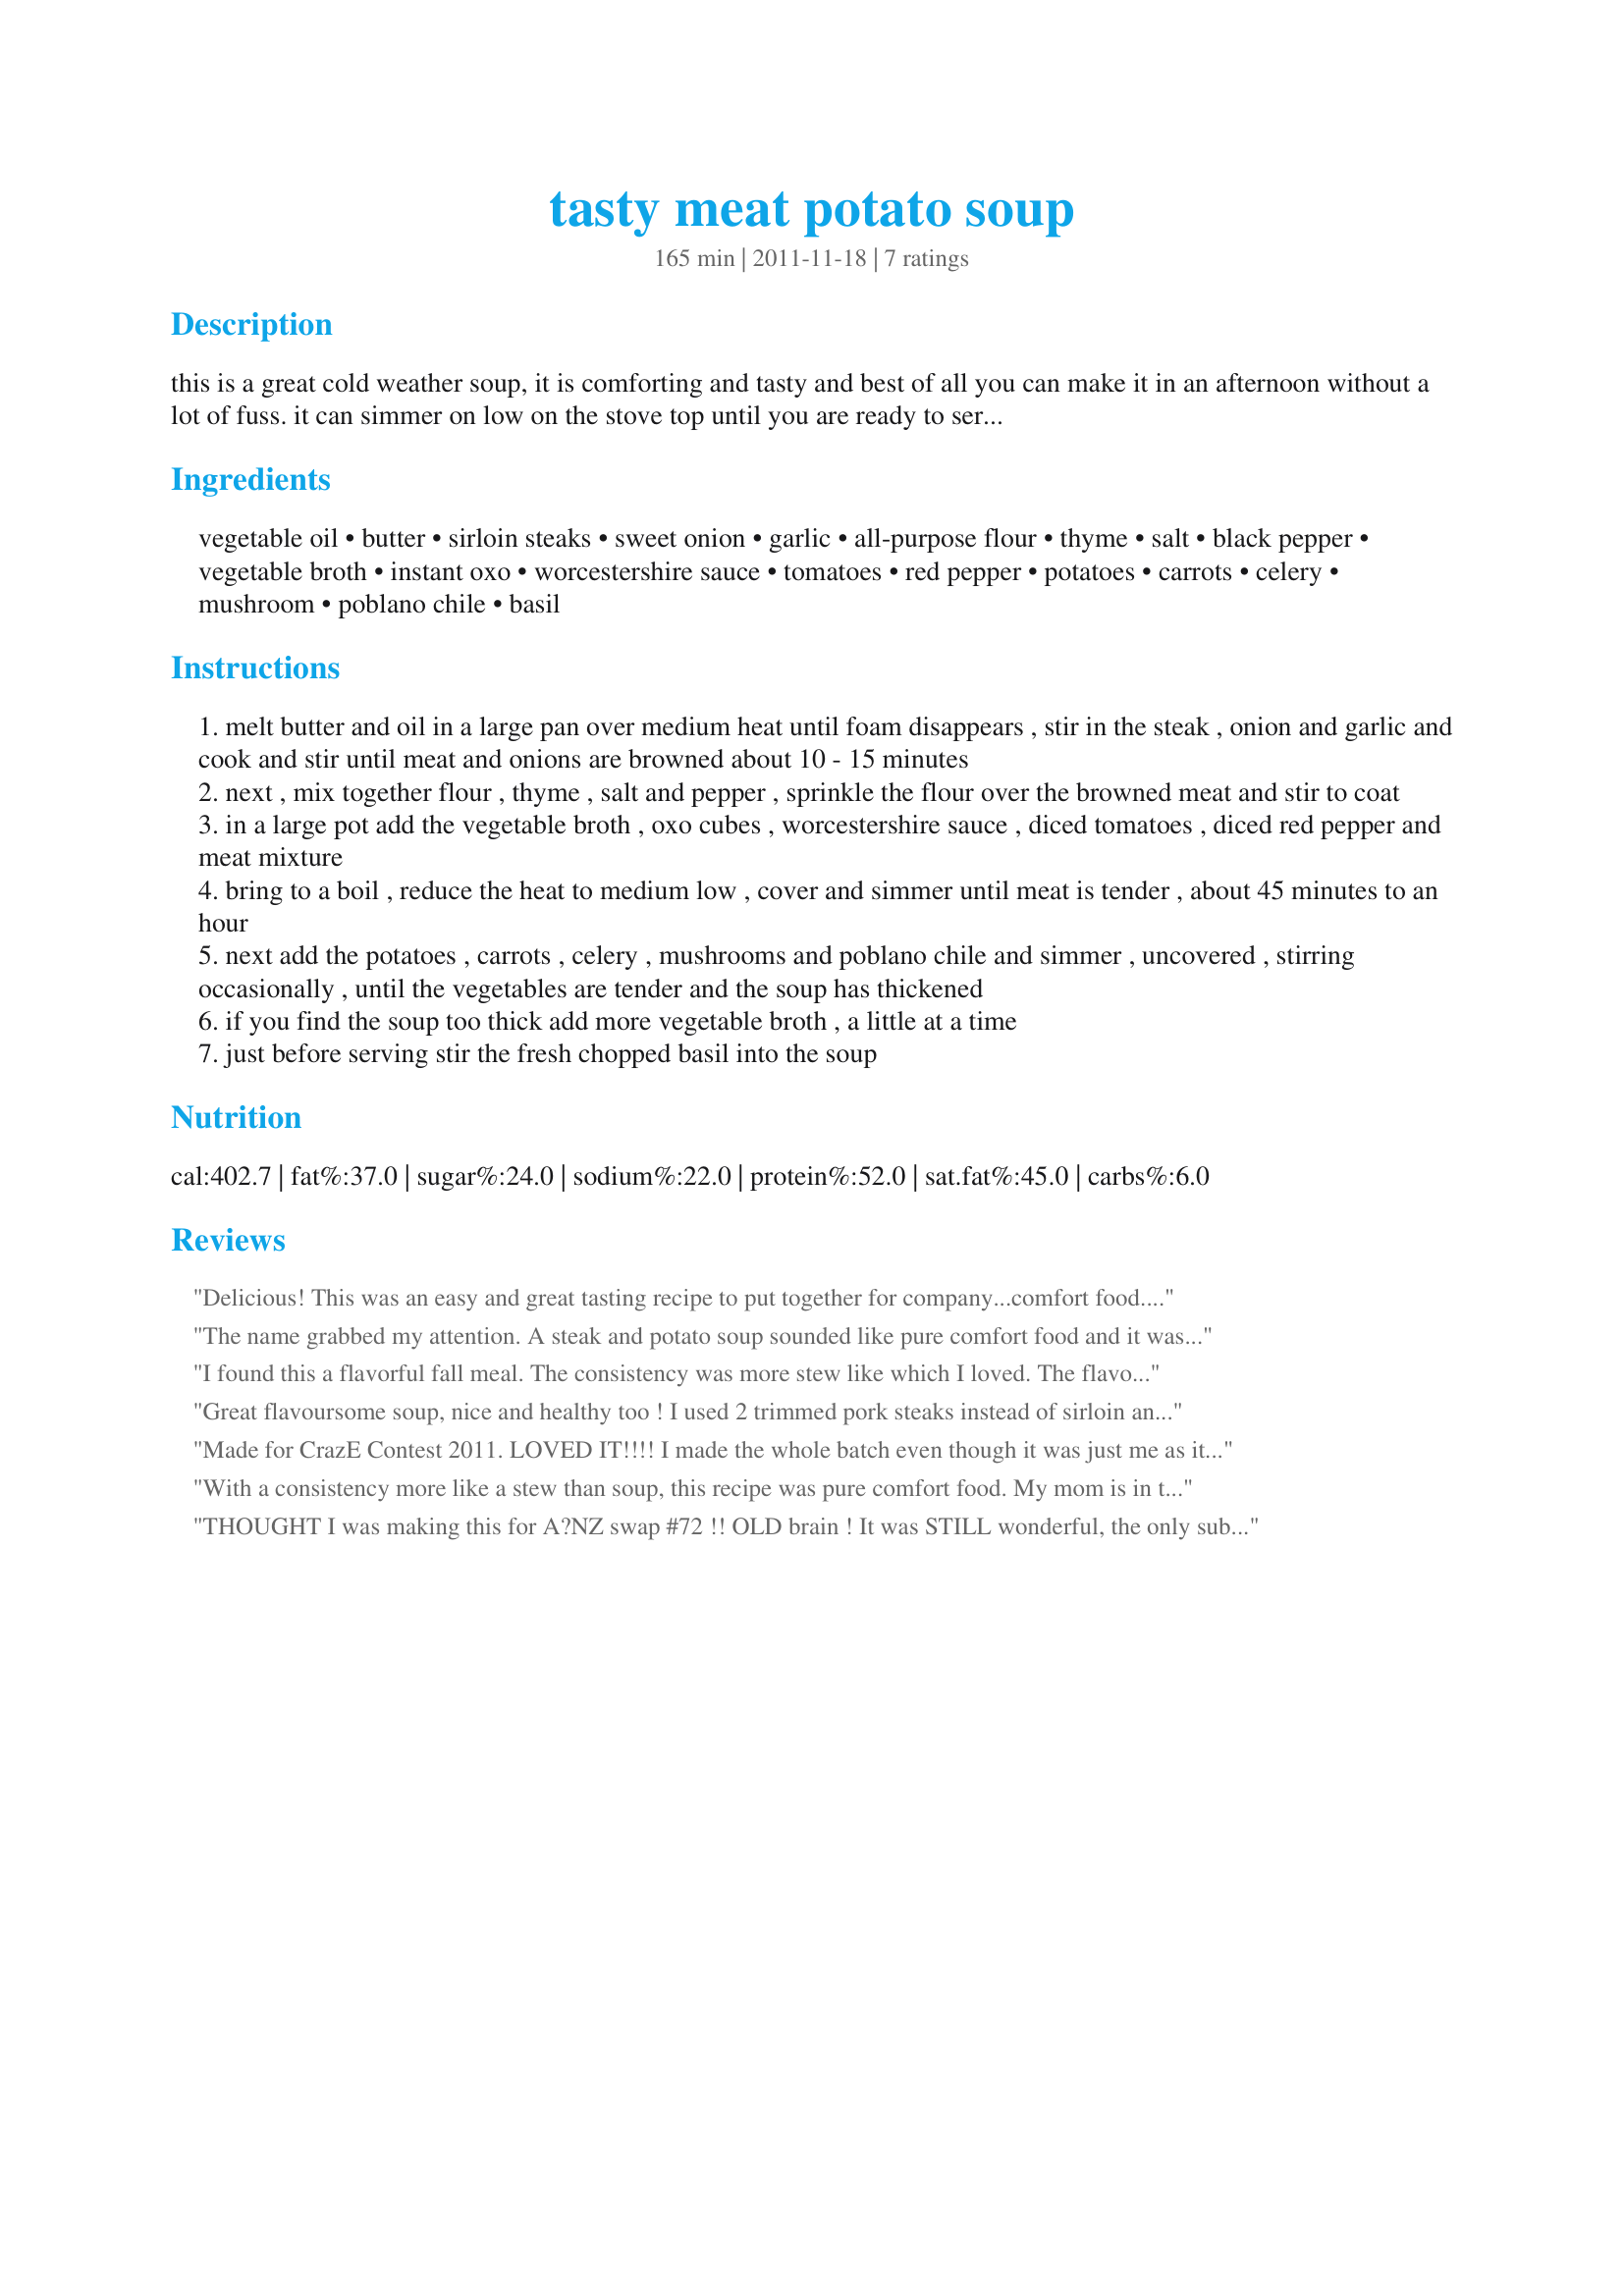
tasty meat potato soup
Preparation time: 165 minutes

this is a great cold weather soup, it is comforting and tasty and best of all you can make it in an afternoon without a lot of fuss. it can simmer on low on the stove top until you are ready to serve. it is a wonderful meal served with fresh crusty bread.

Ingredients:
vegetable oil, butter, sirloin steaks, sweet onion, garlic, all-purpose flour, thyme, salt, black pepper, vegetable broth, instant oxo, worcestershire sauce, tomatoes, red pepper, potatoes, carrots, celery, mushroom, poblano chile, basil

Steps:
melt butter and oil in a large pan over medium heat until foam disappears , stir in the steak , onion and garlic and cook and stir until meat and onions are browned about 10 - 15 minutes
next , mix together flour , thyme , salt and pepper , sprinkle the flour over the browned meat and stir to coat
in a large pot add the vegetable broth , oxo cubes , worcestershire sauce , diced tomatoes , diced red pepper and meat mixture
bring to a boil , reduce the heat to medium low , cover and simmer until meat is tender , about 45 minutes to an hour
next add the potatoes , carrots , celery , mushrooms and poblano chile and simmer , uncovered , stirring occasionally , until the vegetables are tender and the soup has thickened
if you find the soup too thick add more vegetable broth , a little at a time
just before serving stir the fresh chopped basil into the soup

Reviews:
Delicious! This was an easy and great tasting recipe to put together for company...comfort food. Everyone thought the fresh basil and thyme were a great addition and gave it 5 stars. Good luck in the contest!
The name grabbed my attention. A steak and potato soup sounded like pure comfort food and it was. This was easy to put together and thoroughly enjoyed. The addition of the fresh basil gave it a fresh taste. Good luck in the contest.
I found this a flavorful fall meal. The consistency was more stew like which I loved. The flavor was well rounded & other than using a fresh red pepper I didn't change a thing. Great job!
Great flavoursome soup, nice and healthy too ! I used 2 trimmed pork steaks instead of sirloin and diced all my vegies up pretty small. I did leave out the tomatoes as I had none in the house but the soup worked out well and we all enjoyed it greatly. The recipe makes a big batch so we also have lunch for tomorrow now which is a great help.
Made for CrazE Contest 2011. LOVED IT!!!! I made the whole batch even though it was just me as it is hunting season. Leftovvers the next day were even better than the first. Maybe because I knew how good this was. I did add in the poblano even though I do not like heat, however instead of seeding and dicing, I seeded and put 2 halves in so I could remove them before eating. What great flavors! I did use homemade veggie and beef broth from my freezer. All else was the same. Wonderful soup and I sure will use this again through our cold snowy winters! Great job Chef. Good Luck!
With a consistency more like a stew than soup, this recipe was pure comfort food. My mom is in town for a family funeral, and we enjoyed testing a few contest recipes together. The fresh thyme and basil were a great addition, and it gave us a chance to try out the new herb chopper my mom brought down for me. :) Chock full of veggies and meat, this hearty stew was a nice ending to a cold winter day. Made and enjoyed for the Fall 2011 Category Craze-E Contest.
THOUGHT I was making this for A?NZ swap #72 !! OLD brain ! It was STILL wonderful, the only sub I made was for 1/2 28oz. can of crushed tomatoes for the diced tomatoes ! Had a lovely afternoon putting it all together !!<br/><br/>*Made for Australia/NZ Swap #60* VERY yummy and perfect for a day which started at 12 degrees. Only left out the chile, and had no fresh basil, so used dry. Only had room in the pot for 1 potato, and have PLENTY of soup for another meal -- so will add additional 'tater and a little more broth. Got a late start this time, but will will be ready earlier next time -- likely next week ! Thanks for sharing, BK !
